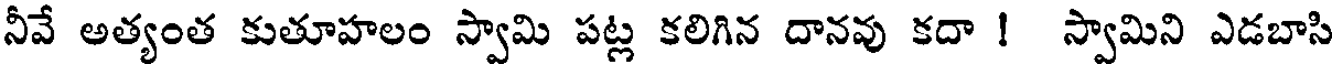
నీవే అత్యంత కుతూహలం స్వామి పట్ల కలిగిన దానవు కదా ! స్వామిని ఎడబాసి